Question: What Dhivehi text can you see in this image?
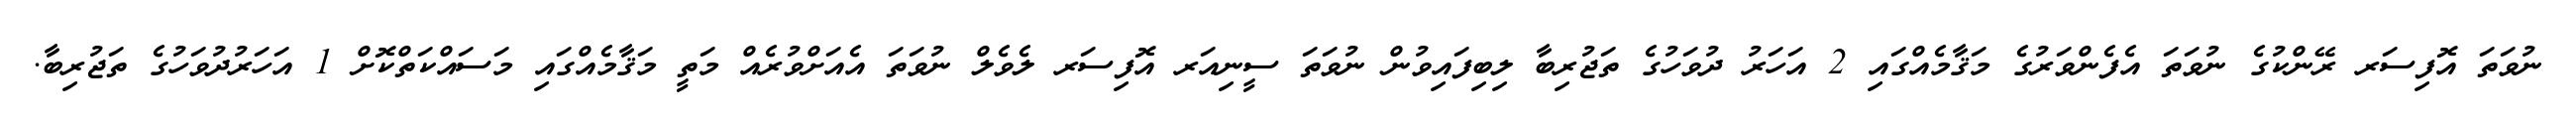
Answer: ނުވަތަ އޮފިސަރ ރޭންކުގެ ނުވަތަ އެފެންވަރުގެ މަޤާމެއްގައި 2 އަހަރު ދުވަހުގެ ތަޖުރިބާ ލިބިފައިވުން ނުވަތަ ސީނިއަރ އޮފިސަރ ލެވެލް ނުވަތަ އެއަށްވުރެއް މަތީ މަޤާމެއްގައި މަސައްކަތްކޮށް 1 އަހަރުދުވަހުގެ ތަޖުރިބާ.